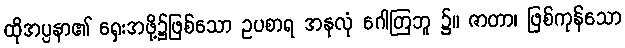
ထိုအပ္ပနာ၏ ရှေးအဖို့၌ဖြစ်သော ဥပစာရ အနုလုံ ဂေါတြဘူ ၌။ ဇာတာ၊ ဖြစ်ကုန်သော